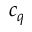
c _ { q }